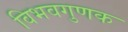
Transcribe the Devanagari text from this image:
विभवगुणक